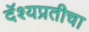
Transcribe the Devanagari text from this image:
दॅश्यप्रतीचा